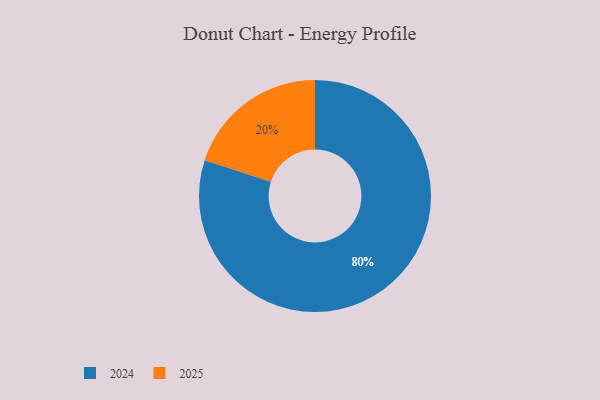
{"axis": {"x": "Category", "y": "Percentage"}, "legend": ["2024", "2025"], "data": [{"x": "2025", "y": 20, "type": "2025"}, {"x": "2024", "y": 80, "type": "2024"}]}